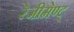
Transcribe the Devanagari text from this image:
रेजीमेण्ट्